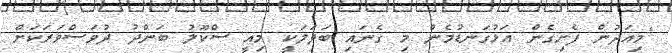
"މިއަދުން ފެށިގެން އަޅުގަނޑުމެން މި ގެނައި ބަދަލަކީ މިއީ ސްކޫލު ބަންދު ދުވަސްވަރަކަށް